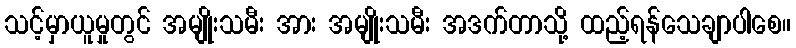
သင့်မှာယူမှုတွင် အမျိုးသမီး အား အမျိုးသမီး အဒက်တာသို့ ထည့်ရန်သေချာပါစေ။